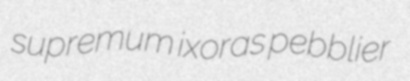
supremum ixoras pebblier